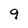
Character: 9